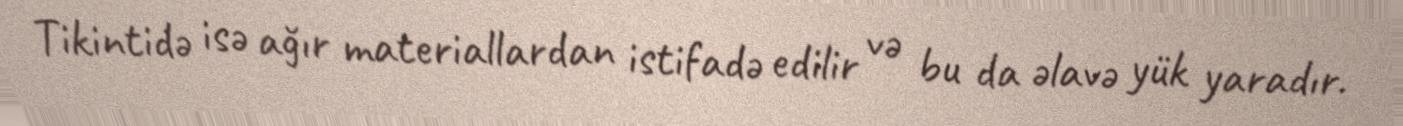
Tikintidə isə ağır materiallardan istifadə edilir və bu da əlavə yük yaradır.